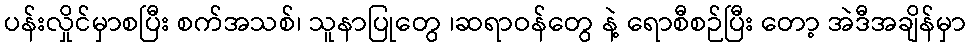
ပန်းလှိုင်မှာစပြီး စက်အသစ်၊ သူနာပြုတွေ ၊ဆရာဝန်တွေ နဲ့ ရောစီစဉ်ပြီး တော့ အဲဒီအချိန်မှာ